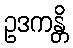
ဥဒကန္တိ